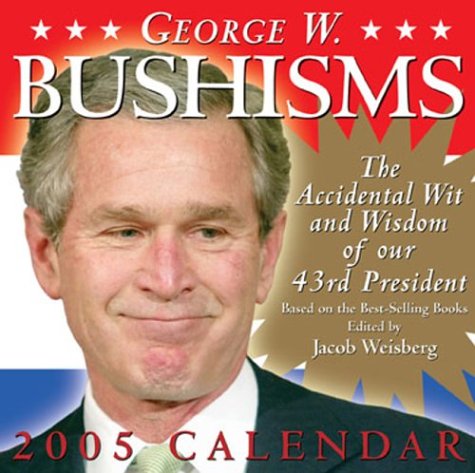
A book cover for George W. Bushisms: The Accidental Wit and Wisdom of Our 43rd President (Day to Day Calendar); Calendars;